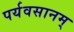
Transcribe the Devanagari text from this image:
पर्यवसानम्